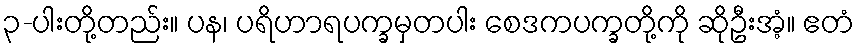
၃-ပါးတို့တည်း။ ပန၊ ပရိဟာရပက္ခမှတပါး စေဒကပက္ခတို့ကို ဆိုဦးအံ့။ ဧတံ